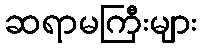
ဆရာမကြီးများ